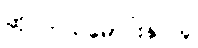
ဆိုင်ကယ်မောင်းနှင်သူ